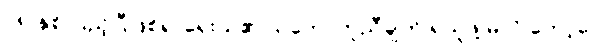
၁၈ နှစ် ပြည့်ပြီဖြစ်၍ ရှေးယု၏ သဘောတူညီချက် ရယူဖို့ မလို တော့ပေ။